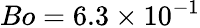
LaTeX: Bo=6.3\times 10^{-1}